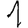
Digit: 1